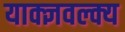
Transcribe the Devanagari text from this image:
याक्ज्ञवल्क्य